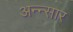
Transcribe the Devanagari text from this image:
अन्न्सार